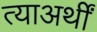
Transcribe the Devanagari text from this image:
त्याअर्थीं